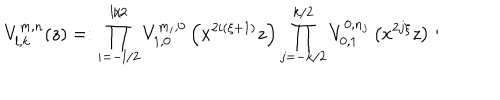
V _ { l , k } ^ { m , n } ( z ) = : \prod _ { i = - l / 2 } ^ { l / 2 } V _ { 1 , 0 } ^ { m _ { i } , 0 } \left( x ^ { 2 i ( \xi + 1 ) } z \right) \prod _ { j = - k / 2 } ^ { k / 2 } V _ { 0 , 1 } ^ { 0 , n _ { j } } \left( x ^ { 2 j \xi } z \right) :